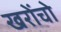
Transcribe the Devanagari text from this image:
खरोंचो